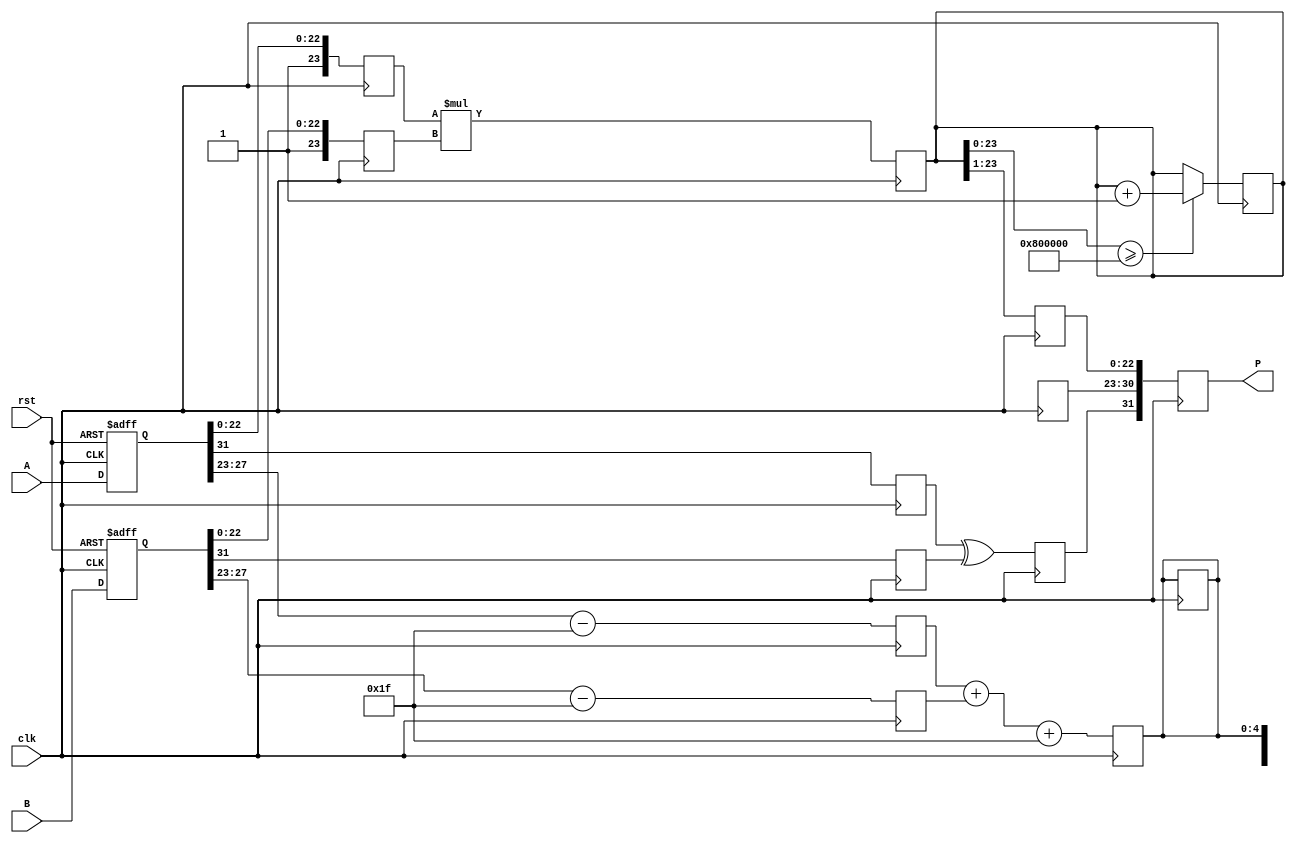
module fp_pipelined_multiplier (
    input clk,
    input rst,
    input [31:0] A,  // 32-bit input for single precision
    input [31:0] B,  // 32-bit input for single precision
    output reg [31:0] P  // 32-bit output for product
);

    // Pipeline Registers
    reg [31:0] A_reg, B_reg;
    reg [7:0] exponent_A, exponent_B, exponent_result;
    reg [23:0] mantissa_A, mantissa_B, mantissa_result;
    reg sign_A, sign_B, sign_result;
    reg [24:0] product_mantissa; // 24 bits to hold product
    reg [4:0] exponent_temp; // Temporary to hold exponent addition

    // Stage 1: Input Stage
    always @(posedge clk or posedge rst) begin
        if (rst) begin
            A_reg <= 32'b0;
            B_reg <= 32'b0;
        end else begin
            A_reg <= A;
            B_reg <= B;
        end
    end

    // Stage 2: Decompose the inputs (Normalization Stage)
    always @(posedge clk) begin
        // Extract sign, exponent, and mantissa
        sign_A <= A_reg[31];
        exponent_A <= A_reg[30:23] - 8'd127; // Unbiased exponent
        mantissa_A <= {1'b1, A_reg[22:0]}; // Implicit leading 1

        sign_B <= B_reg[31];
        exponent_B <= B_reg[30:23] - 8'd127; // Unbiased exponent
        mantissa_B <= {1'b1, B_reg[22:0]}; // Implicit leading 1
    end

    // Stage 3: Multiplication Stage
    always @(posedge clk) begin
        // Multiply mantissas and add exponents
        product_mantissa <= mantissa_A * mantissa_B;
        exponent_temp <= exponent_A + exponent_B + 8'd127; // Re-bias exponent
        sign_result <= sign_A ^ sign_B; // XOR for sign
    end

    // Stage 4: Rounding & Normalization Stage
    always @(posedge clk) begin
        // Check for normalization
        if (product_mantissa[47]) begin
            // Normalization required (shift right)
            product_mantissa <= product_mantissa >> 1;
            exponent_temp <= exponent_temp + 1;
        end

        // Handle rounding (simple round to nearest even)
        if (product_mantissa[23:0] >= 25'h800000) begin
            product_mantissa <= product_mantissa + 1; // Round
        end

        // Final assembly of result
        mantissa_result <= product_mantissa[23:1]; // Drop last bit
        exponent_result <= exponent_temp[7:0]; // Take lower 8 bits
    end

    // Stage 5: Output Stage
    always @(posedge clk) begin
        // Assemble output
        P <= {sign_result, exponent_result, mantissa_result[22:0]}; // Final output
    end

endmodule